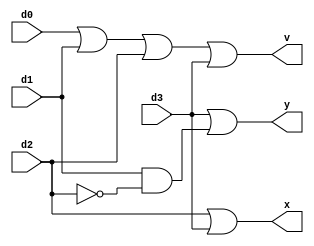
module obj3(d0,d1,d2,d3,x,y,v);
input d0,d1,d2,d3;
output x,y,v;
assign x=d2|d3;
assign y=d3|(d1&(!d2));
assign v=d0|d1|d2|d3;
endmodule